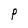
Character: P